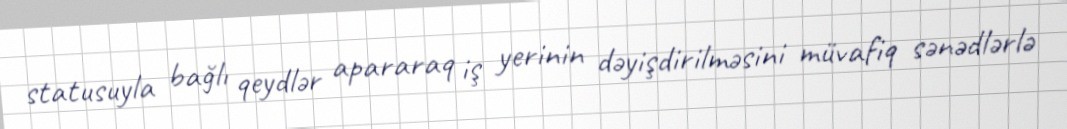
statusuyla bağlı qeydlər apararaq iş yerinin dəyişdirilməsini müvafiq sənədlərlə